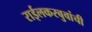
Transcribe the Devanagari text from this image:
राईलकरबुवांची